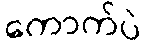
ကောက်ပဲ